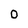
Character: 0